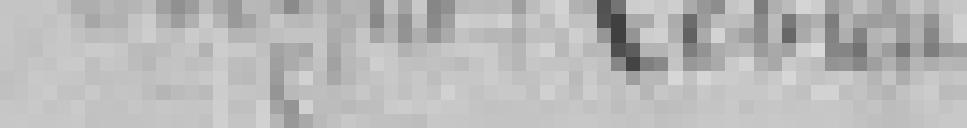
Signé : LEBLEU